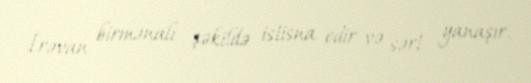
İrəvan birmənalı şəkildə istisna edir və sərt yanaşır.